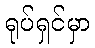
ရုပ်ရှင်မှာ